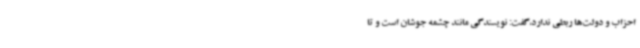
احزاب و دولت‌ها ربطی ندارد،گفت: نویسندگی مانند چشمه جوشان است و تا